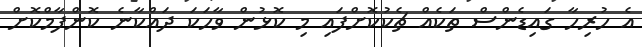
އެ ހުރިހާ ގައިޑެންސް ތަކެއް ޗެކުކޮށްފައި މި ކޮޅުން ވާހަކަ ދައްކާނެ ކޮންފާމްކޮށް